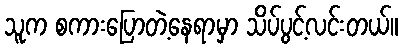
သူက စကားပြောတဲ့နေရာမှာ သိပ်ပွင့်လင်းတယ်။